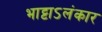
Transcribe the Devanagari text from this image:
भाट्टाऽलंकार